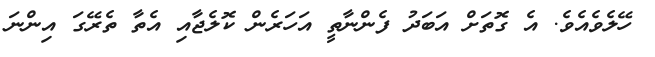
ހޭލެވެއެވެ. އެ ގޮތަށް އަބަދު ފެންނާތީ އަހަރެންް ކޮލެޖާއި އެތާ ތެރޭގަ އިންނަ